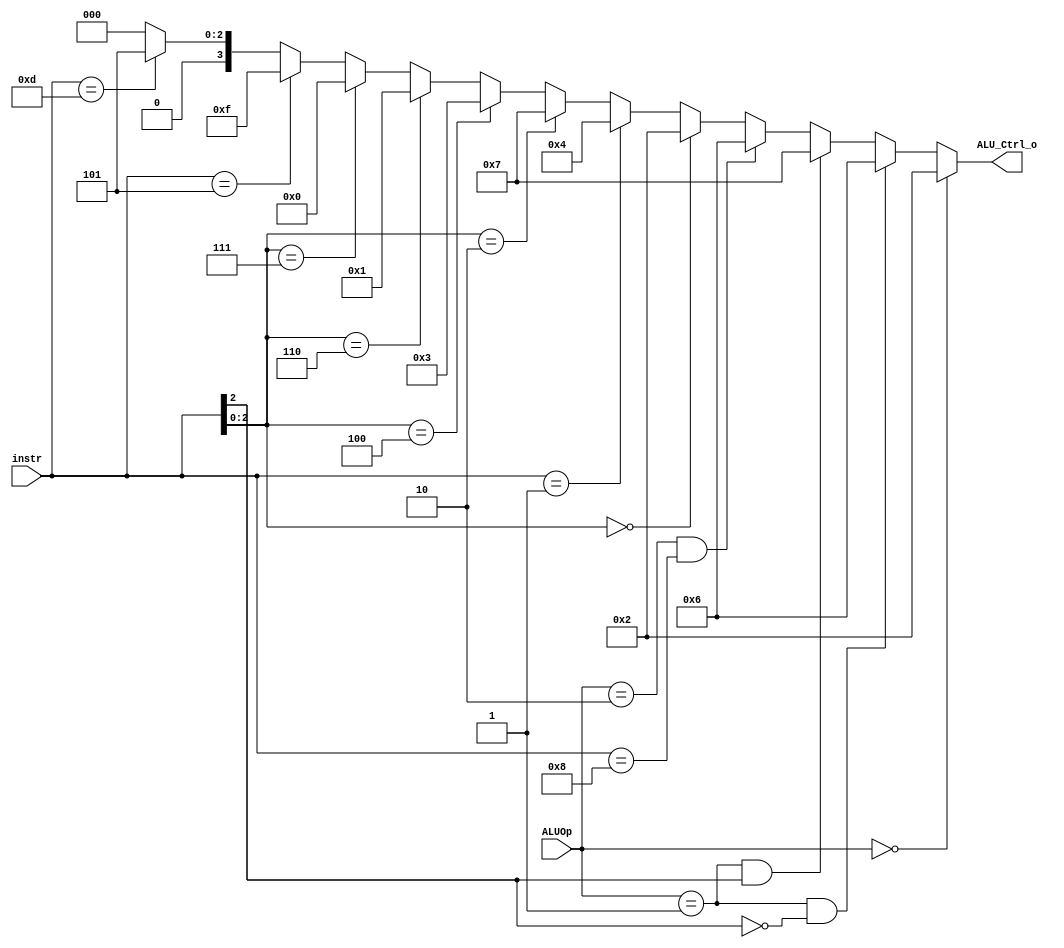
/***************************************************
Student Name: 
Student ID: 07162220716214
***************************************************/

`timescale 1ns/1ps

module ALU_Ctrl(
	input	[4-1:0]	instr,	// instrucion[30, 14-12]
	input	[2-1:0]	ALUOp,
	output	[4-1:0] ALU_Ctrl_o
	);

	assign ALU_Ctrl_o = (ALUOp==2'b00)?							4'b0010:(		// ld, sd
						(ALUOp==2'b01 && instr[2]==1'b0)?		4'b0110:(		// beq, bne
						(ALUOp==2'b01 && instr[2]==1'b1)?		4'b0111:(		// blt, bge
						(ALUOp==2'b10 && instr==4'b1000)?		4'b0110:(		// sub
						(instr[2:0]==3'b000)?					4'b0010:(		// add, addi
						(instr[3:0]==4'b0001)?					4'b0100:(		// sll, slli
						(instr[2:0]==3'b010)?					4'b0111:(		// slt, slti
						(instr[2:0]==4'b100)?					4'b0011:(		// xor
						(instr[2:0]==3'b110)?					4'b0001:(		// or, ori
						(instr[2:0]==3'b111)?					4'b0000:(		// and, andi
						(instr[3:0]==4'b0101)?					4'b1111:(		// srli
						(instr[3:0]==4'b1101)?					4'b0101:(		// sra
																4'b0))))))))))));// else
	
	// always @ (*) begin
	// 	$display("instr = %4b, ALUOp = %2b, ALUctrl = %4b\n",
	//         instr, ALUOp, ALU_Ctrl_o
	// 	);
	// end

endmodule